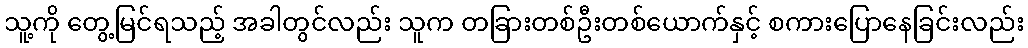
သူ့ကို တွေ့မြင်ရသည့် အခါတွင်လည်း သူက တခြားတစ်ဦးတစ်ယောက်နှင့် စကားပြောနေခြင်းလည်း